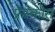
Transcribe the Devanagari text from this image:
फ्रेस्कोस